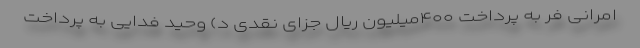
امرانی فر به پرداخت ۴۰۰میلیون ریال جزای نقدی د) وحید فدایی به پرداخت